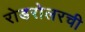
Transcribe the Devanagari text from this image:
रोडरोलरची